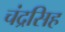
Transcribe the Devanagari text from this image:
चंद्रसिह